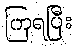
ကြရပြီး